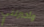
وأخبرتني